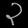
Digit: ၃